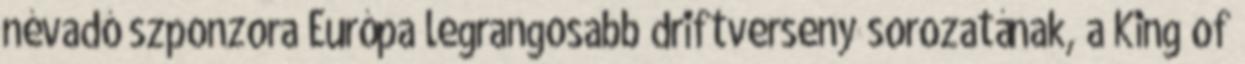
névadó szponzora Európa legrangosabb driftverseny sorozatának, a King of